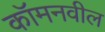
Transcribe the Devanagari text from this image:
कॉमनवील